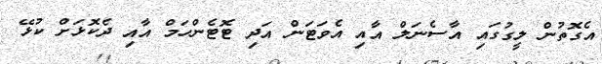
އެގޮތުން ލީގުގައި އާސެނަލް އާއި އެވަޓަން އަދި ޓޮޓެންހަމް އާއި ދެކޮޅަށް ކުޅޭ